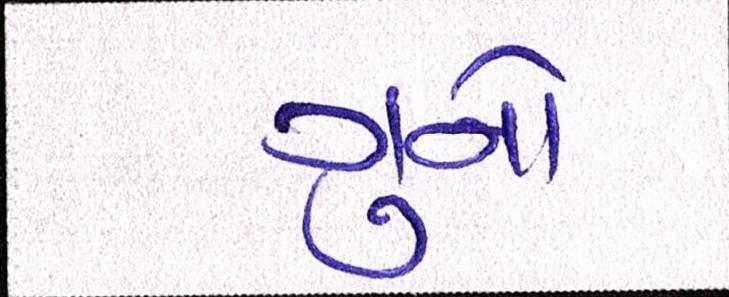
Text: ગુનો